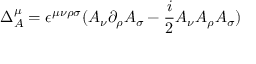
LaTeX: \Delta _ { A } ^ { \mu } = \epsilon ^ { \mu \nu \rho \sigma } ( A _ { \nu } \partial _ { \rho } A _ { \sigma } - { \frac { i } { 2 } } A _ { \nu } A _ { \rho } A _ { \sigma } )